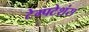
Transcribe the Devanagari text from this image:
टेम्पटेशंस